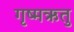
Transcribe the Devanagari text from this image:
गृष्‍मऋतु